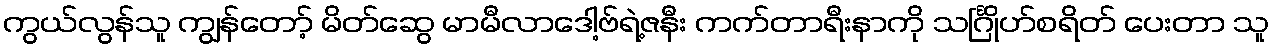
ကွယ်လွန်သူ ကျွန်တော့် မိတ်ဆွေ မာမီလာဒေါ့ဗ်ရဲ့ဇနီး ကက်တာရီးနာကို သင်္ဂြိုဟ်စရိတ် ပေးတာ သူ